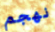
نهجم